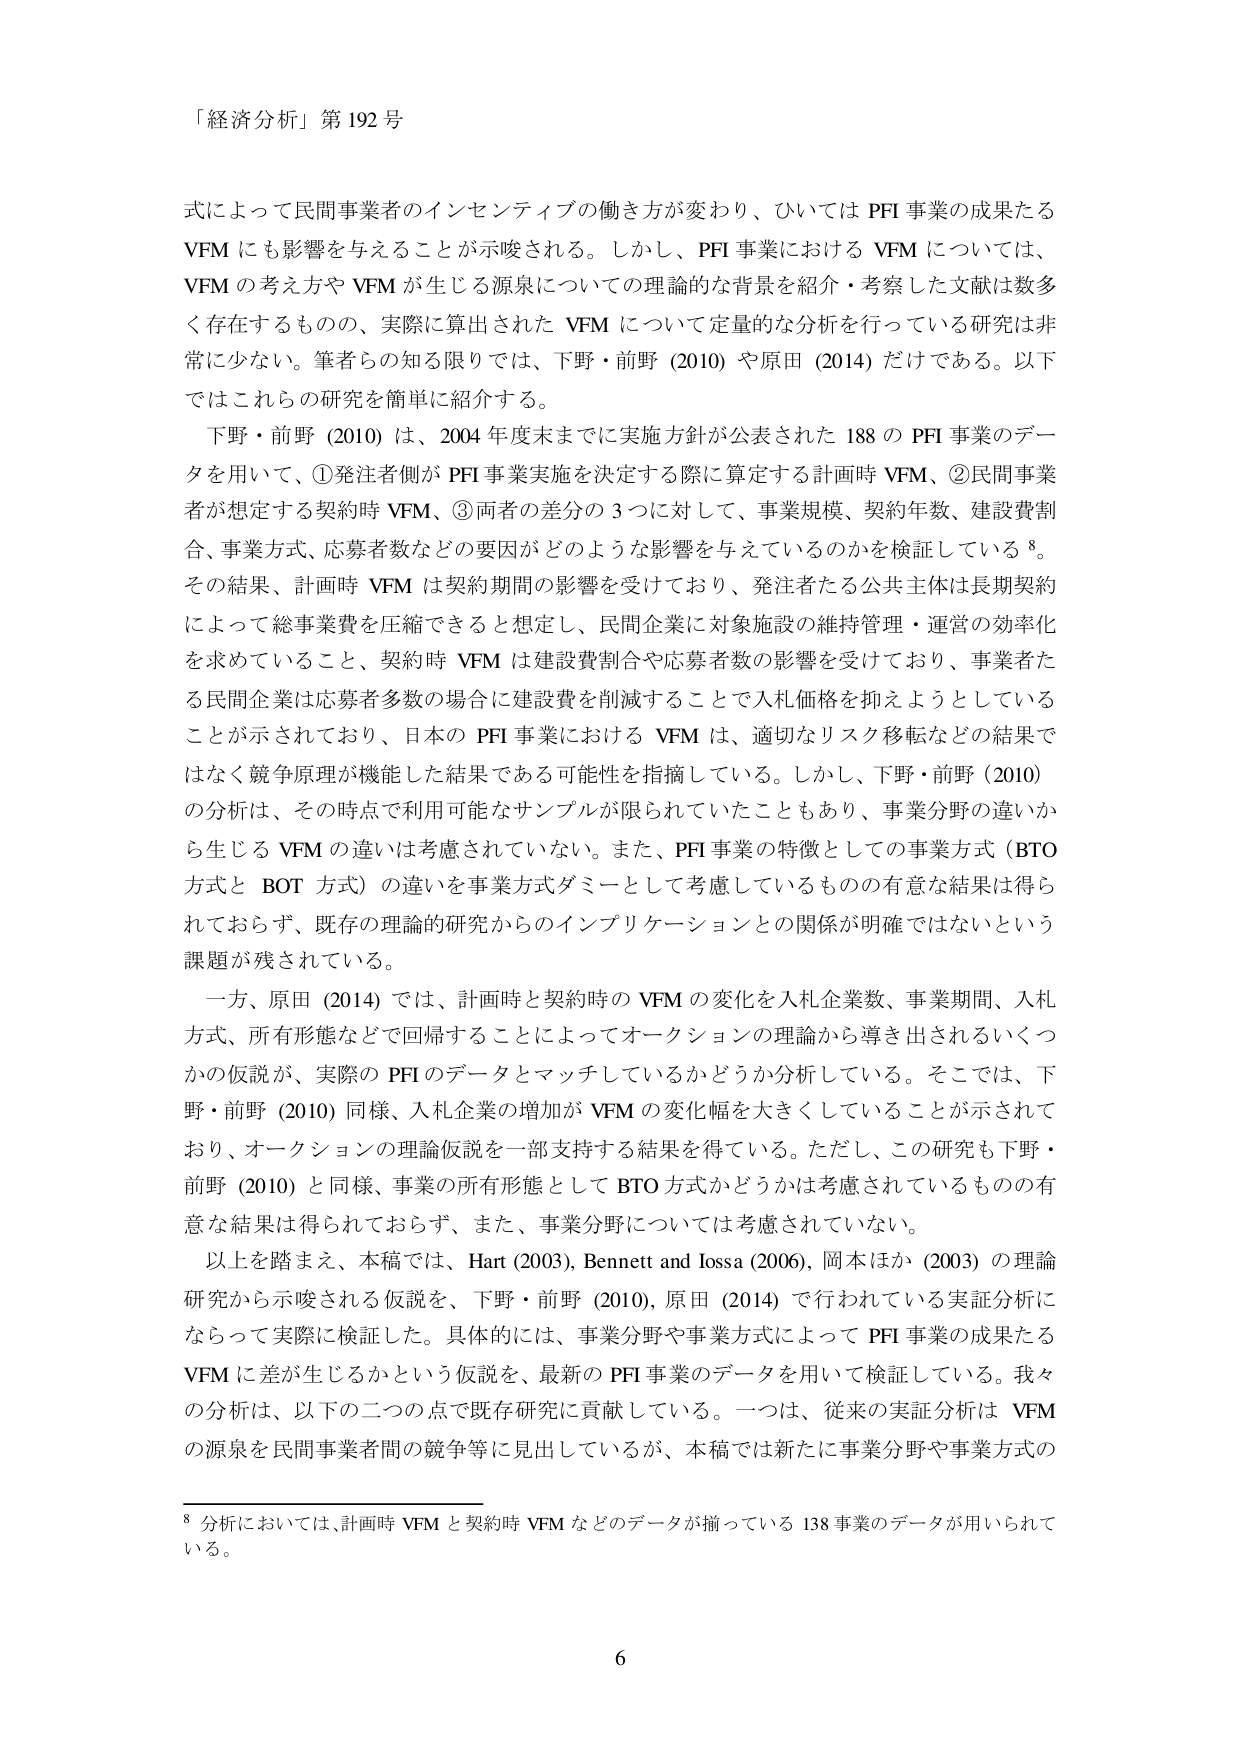
「経済分析」第192号

式によって民間事業者のインセンティブの働き方が変わり、ひいてはPFI事業の成果たるVFMにも影響を与えることが示唆される。しかし、PFI事業におけるVFMについては、VFMの考え方やVFMが生じる源泉についての理論的な背景を紹介・考察した文献は数多く存在するものの、実際に算出されたVFMについて定量的な分析を行っている研究は非常に少ない。筆者らの知る限りでは、下野・前野（2010）や原田（2014）だけである。以下ではこれらの研究を簡単に紹介する。

下野・前野（2010）は、2004年度末までに実施方針が公表された188のPFI事業のデータを用いて、①発注者側がPFI事業実施を決定する際に算定する計画時VFM、②民間事業者が想定する契約時VFM、③両者の差分の3つに対して、事業規模、契約年数、建設費割合、事業方式、応募者数などの要因がどのような影響を与えているのかを検証している⁸。その結果、計画時VFMは契約期間の影響を受けており、発注者たる公共主体は長期契約によって総事業費を圧縮できると想定し、民間企業に対象施設の維持管理・運営の効率化を求めていること、契約時VFMは建設費割合や応募者数の影響を受けており、事業者たる民間企業は応募者多数の場合に建設費を削減することで入札価格を抑えようとしていることが示されており、日本のPFI事業におけるVFMは、適切なリスク移転などの結果ではなく競争原理が機能した結果である可能性を指摘している。しかし、下野・前野（2010）の分析は、その時点で利用可能なサンプルが限られていたこともあり、事業分野の違いから生じるVFMの違いは考慮されていない。また、PFI事業の特徴としての事業方式（BTO方式とBOT方式）の違いを事業方式ダミーとして考慮しているものの有意な結果は得られておらず、既存の理論的研究からのインプリケーションとの関係が明確ではないという課題が残されている。

一方、原田（2014）では、計画時と契約時のVFMの変化を入札企業数、事業期間、入札方式、所有形態などで回帰することによってオークションの理論から導き出されるいくつかの仮説が、実際のPFIのデータとマッチしているかどうか分析している。そこでは、下野・前野（2010）同様、入札企業の増加がVFMの変化幅を大きくしていることが示されており、オークションの理論仮説を一部支持する結果を得ている。ただし、この研究も下野・前野（2010）と同様、事業の所有形態としてBTO方式かどうかは考慮されているものの有意な結果は得られておらず、また、事業分野については考慮されていない。

以上を踏まえ、本稿では、Hart（2003）、Bennett and Iossa（2006）、岡本ほか（2003）の理論研究から示唆される仮説を、下野・前野（2010）、原田（2014）で行われている実証分析にならって実際に検証した。具体的には、事業分野や事業方式によってPFI事業の成果たるVFMに差が生じるかという仮説を、最新のPFI事業のデータを用いて検証している。我々の分析は、以下の二つの点で既存研究に貢献している。一つは、従来の実証分析はVFMの源泉を民間事業者間の競争等に見出しているが、本稿では新たに事業分野や事業方式の

⁸ 分析においては、計画時VFMと契約時VFMなどのデータが揃っている138事業のデータが用いられている。

6